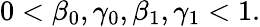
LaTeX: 0<\beta_{0},\gamma_{0},\beta_{1},\gamma_{1}<1.